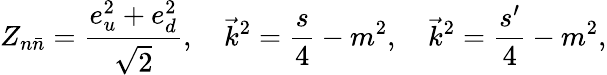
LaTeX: Z_{n\bar{n}}=\frac{e_{u}^{2}+e_{d}^{2}}{\sqrt 2},\quad\vec{k}^{2}=\frac s4-m^{2},\quad\vec{k}^{2}=\frac{s^{\prime}}4-m^{2},